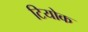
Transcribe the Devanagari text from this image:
टियोक